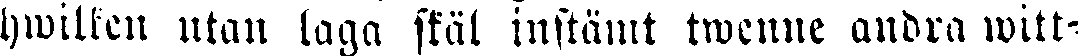
hwilken utan laga skäl instämt twenne andra witt-